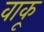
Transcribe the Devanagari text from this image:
वाकू